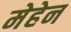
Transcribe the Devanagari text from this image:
मेहेन